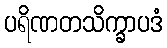
ပရိဏတသိက္ခာပဒံ